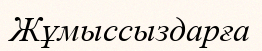
Жұмыссыздарға